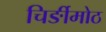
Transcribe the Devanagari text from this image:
चिर्ङीमोठ